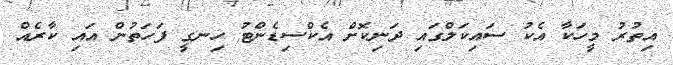
އިތުރު މީހަކާ އެކު ސައިކަލްގައި ދަނިކޮށް އެކްސިޑެންޓު ހިނގީ ފަހަތުން އައި ކާރެއް